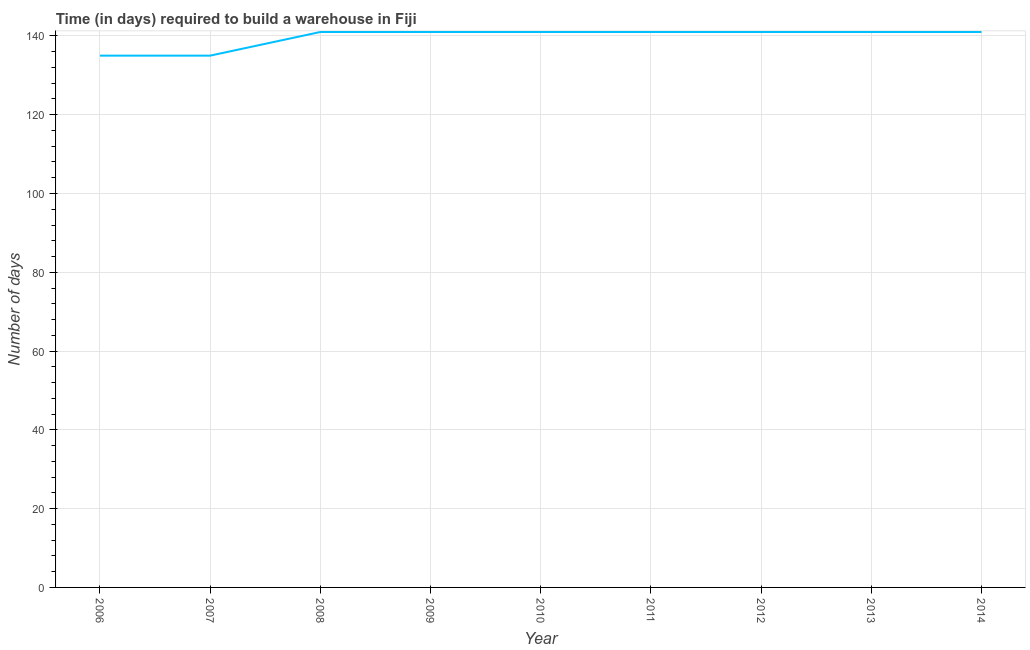
| Year | Time required to build a warehouse |
 | --- | --- |
 | 2006 | 135 |
 | 2007 | 135 |
 | 2008 | 141 |
 | 2009 | 141 |
 | 2010 | 141 |
 | 2011 | 141 |
 | 2012 | 141 |
 | 2013 | 141 |
 | 2014 | 141 |